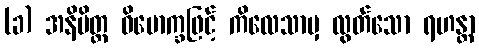
(ခ) အနိမိတ္တ ဝိမောက္ခဖြင့် ကိလေသာမှ လွတ်သော ရဟန္တာ